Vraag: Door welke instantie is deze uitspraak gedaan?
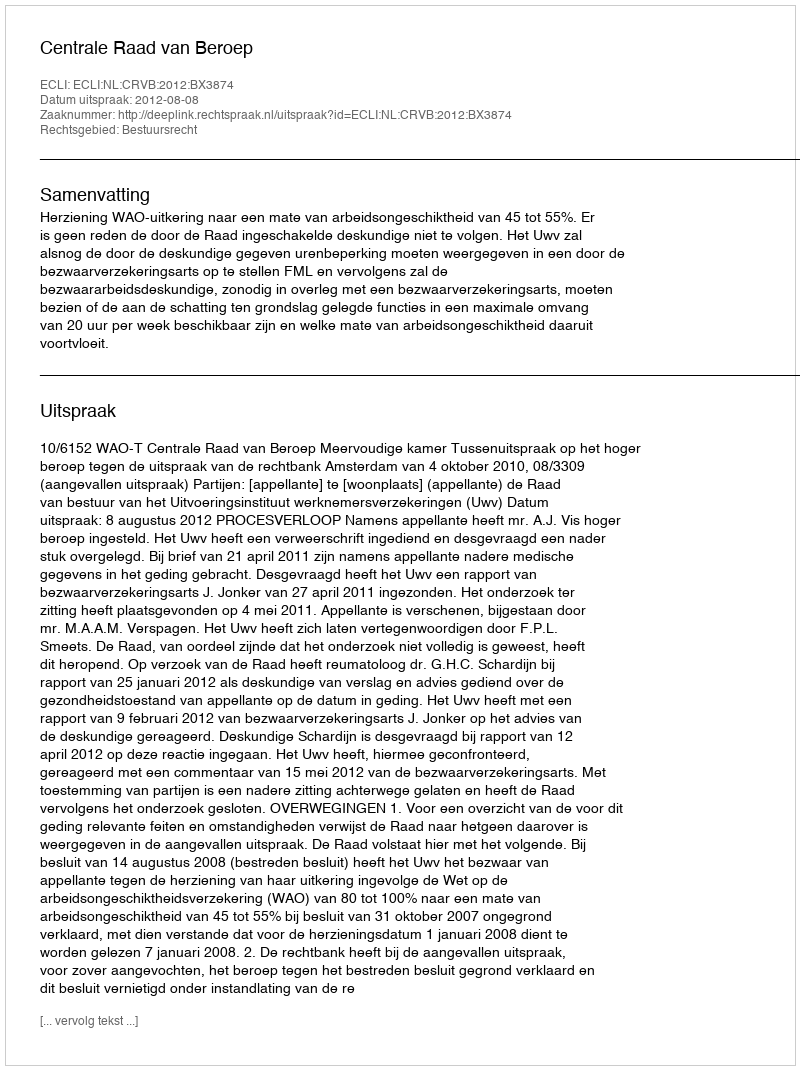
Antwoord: Centrale Raad van Beroep